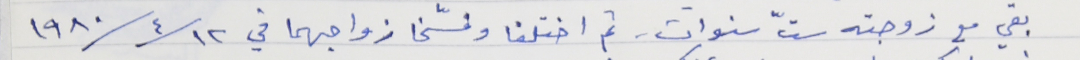
بقي مع زوجته ستّ سنوات - ثم اختلفا وفسّخا زواجهما في ١٩٨٠/٤/١٢